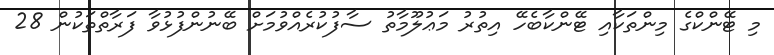
މި ޓޭންކްގެ މިންތަކާއި ޓޭންކާބެހޭ އިތުރު މަޢުލޫމާތު ސާފުކުރެއްވުމަށް ބޭނުންފުޅުވާ ފަރާތްތަކުން 28